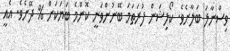
ވިސްނާލަ ބަލާށެވެ. ކޯލިޝަން ފުރަތަމަ ބޭނުންވަނީ ކޮންމެ ބަޔަކަށް % ދޭށެވެ. އެއީ